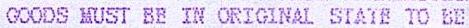
GOODS MUST BE IN ORIGINAL STATE TO BE